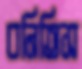
বনিতিস